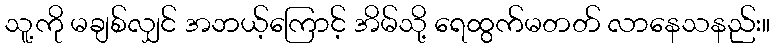
သူ့ကို မချစ်လျှင် အဘယ့်ကြောင့် အိမ်သို့ ရေထွက်မတတ် လာနေသနည်း။